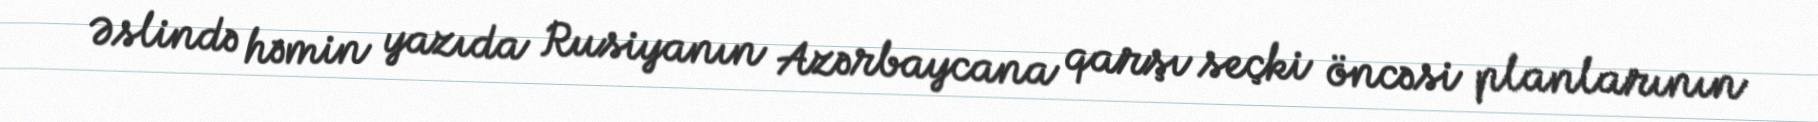
Əslində həmin yazıda Rusiyanın Azərbaycana qarşı seçki öncəsi planlarının